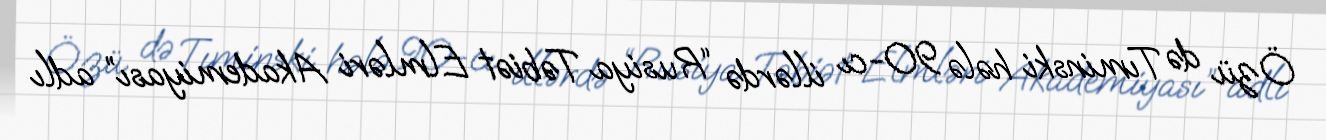
Özü də Tıminski hələ 90-cı illərdə “Rusiya Təbiət Elmləri Akademiyası” adlı